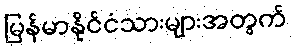
မြန်မာနိုင်ငံသားများအတွက်